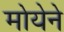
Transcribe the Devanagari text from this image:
मोयेने